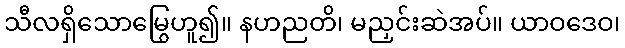
သီလရှိသောမြွေဟူ၍။ နဟညတိ၊ မညှင်းဆဲအပ်။ ယာဝဒေဝ၊